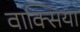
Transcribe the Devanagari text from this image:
वाक्सिया